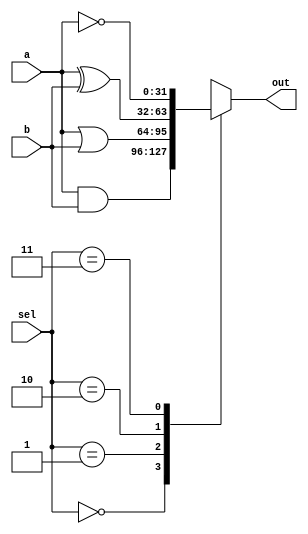
module Logics #(
parameter WIDTH = 32
)(
input	      [WIDTH-1:0]		a,b,
input	      [1:0]			sel,
output	reg   [WIDTH-1:0]		out
);

always@*
	case(sel)
		2'b00	:	out	=	a&b;
		2'b01	:	out	=	a|b;
		2'b10	:	out	=	a^b;
		2'b11	:	out	=	~a;
	endcase
	
endmodule